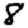
Digit: 8